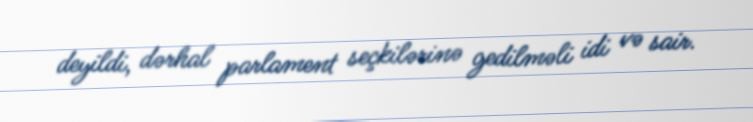
deyildi, dərhal parlament seçkilərinə gedilməli idi və sair.